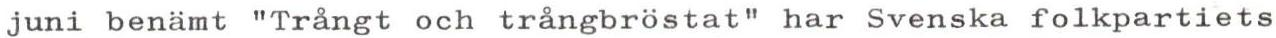
juni benämt "Trångt och trångbrostat" har Svenska folkpartiets